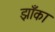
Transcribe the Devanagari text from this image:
झाँका